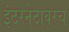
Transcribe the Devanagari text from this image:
इंटरनेटावरच